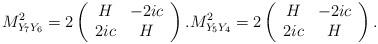
LaTeX: \begin{align*}M^2_{Y_7Y_6}=2\left(\begin{array}{cc}H& -2 ic\\ 2 ic& H\end{array}\right).M^2_{Y_5Y_4}=2\left(\begin{array}{cc}H& -2 ic\\ 2 ic& H\end{array}\right).\end{align*}